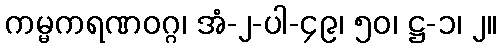
ကမ္မကရဏဝဂ္ဂ၊ အံ-၂-ပါ-၄၉၊ ၅၀၊ ဋ္ဌ-၁၊ ၂။